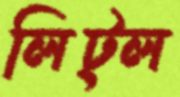
লিট্ল